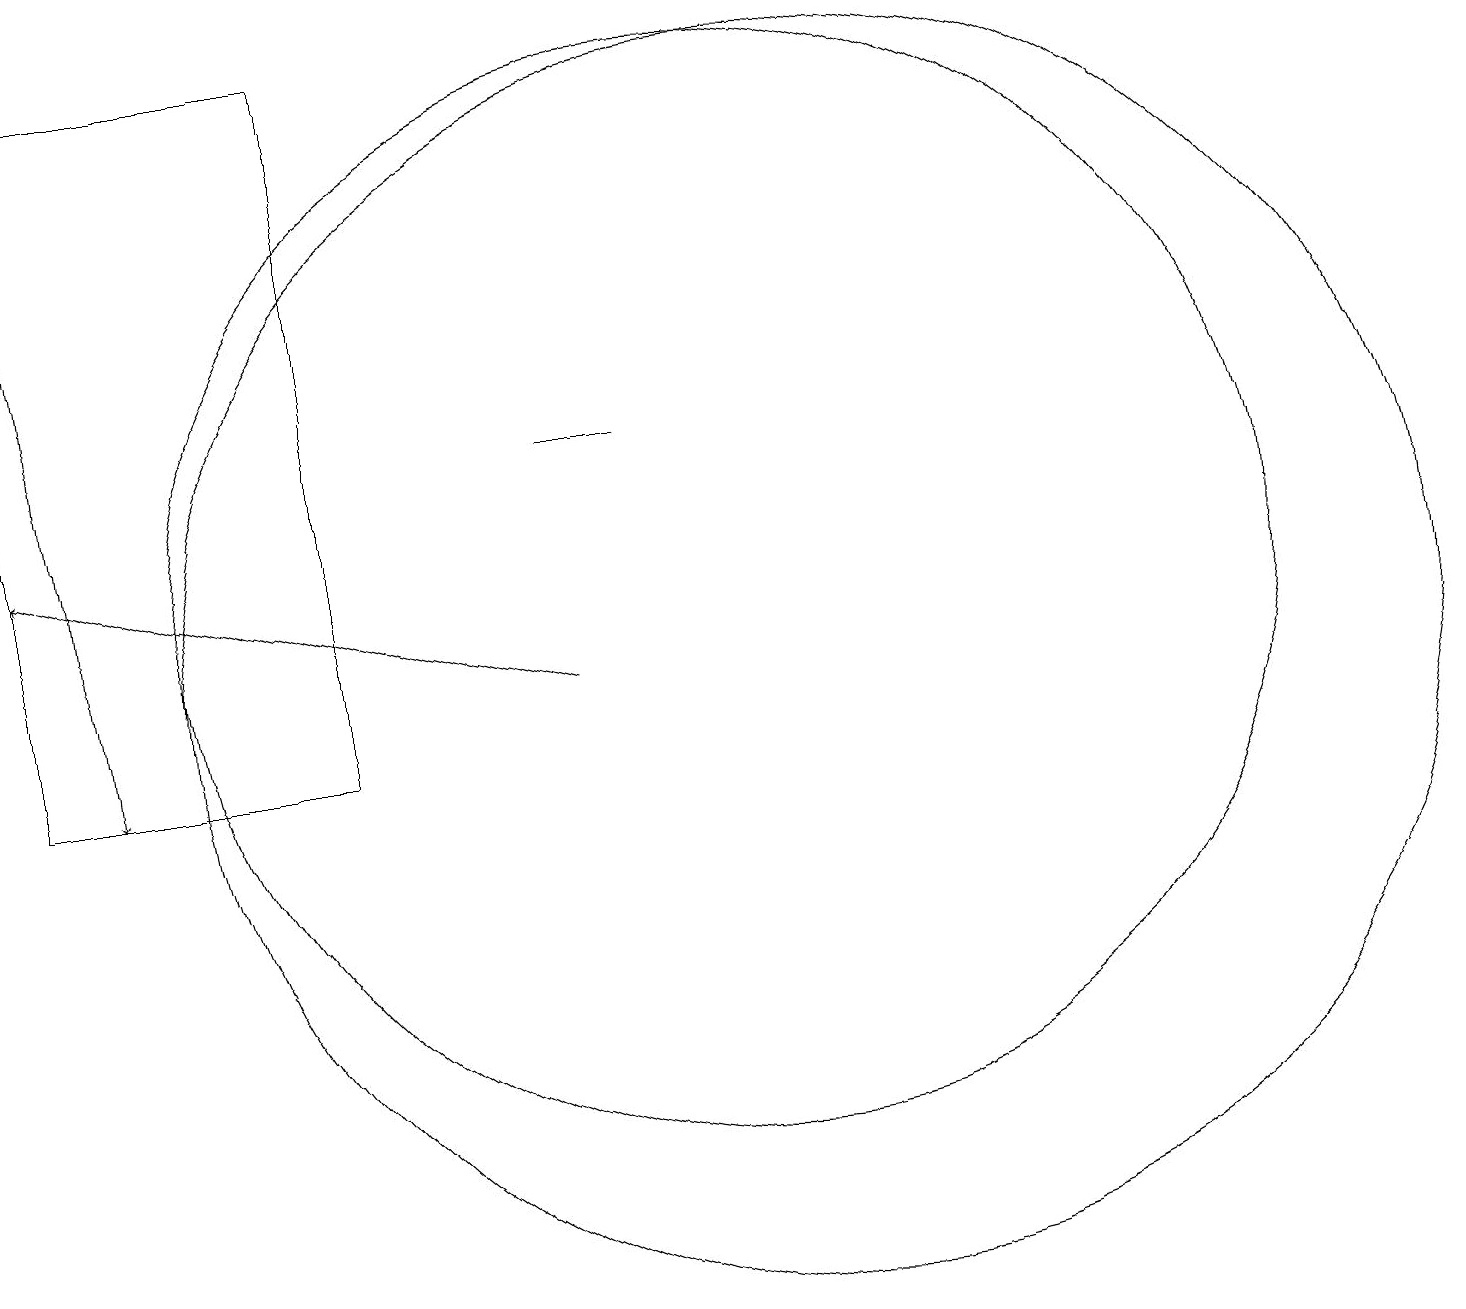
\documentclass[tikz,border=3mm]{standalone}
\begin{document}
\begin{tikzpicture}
\draw (1,10) rectangle (5,19);
\draw[->] (1,19) -- (2,10);
\draw (11,11) circle (8);
\draw (10,12) circle (7);
\draw (9,14) rectangle (8,14);
\draw[->] (8,11) -- (1,13);
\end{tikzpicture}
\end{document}